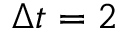
\Delta t = 2